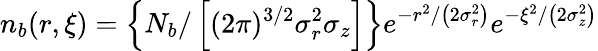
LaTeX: n_{b}(r,\xi)=\left\{ N_{b}/\left[(2\pi)^{3/2}\sigma_{r}^{2}\sigma_{z}\right]\right\} e^{-r^{2}/\left(2\sigma_{r}^{2}\right)}e^{-\xi^{2}/\left(2\sigma_{z}^{2}\right)}